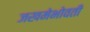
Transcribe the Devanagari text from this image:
जखमेभोवती